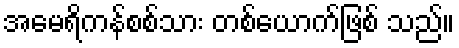
အမေရိကန်စစ်သား တစ်ယောက်ဖြစ် သည်။